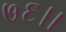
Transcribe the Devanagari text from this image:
७६।।